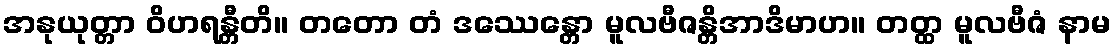
အနုယုတ္တာ ဝိဟရန္တီတိ။ တတော တံ ဒဿေန္တော မူလဗီဇန္တိအာဒိမာဟ။ တတ္ထ မူလဗီဇံ နာမ